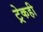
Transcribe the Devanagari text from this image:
ट्रेकही